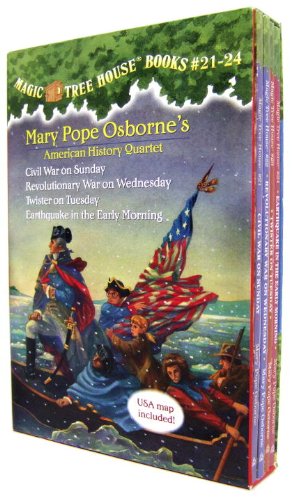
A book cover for Magic Tree House Volumes 21-24 Boxed Set: American History Quartet; Mary Pope Osborne; Children's Books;